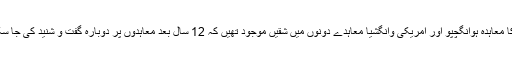
فرانس کا معاہدہ ہوانگچپو اور امریکی وانگشیا معاہدے دونوں میں شقیں موجود تھیں کہ 12 سال بعد معاہدوں پر دوبارہ گفت و شنید کی جا سکے گی۔